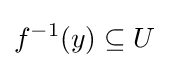
f^{-1}(y)\subseteq U